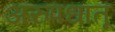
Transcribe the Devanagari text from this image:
अरुपधातू